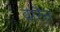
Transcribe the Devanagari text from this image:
वारैन